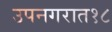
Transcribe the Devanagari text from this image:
उपनगरात१८